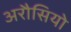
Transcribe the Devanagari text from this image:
अरौसियो